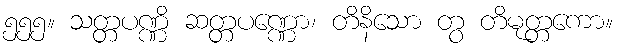
၅၅၅။ သတ္တပဏ္ဏိ ဆတ္တပဏ္ဏော၊ တိနိသော တွ တိမုတ္တကော။